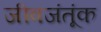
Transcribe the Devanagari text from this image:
जीवजंतूंक